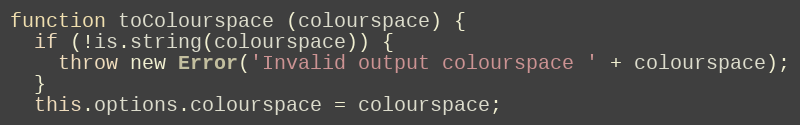
Language: JavaScript
function toColourspace (colourspace) {
  if (!is.string(colourspace)) {
    throw new Error('Invalid output colourspace ' + colourspace);
  }
  this.options.colourspace = colourspace;